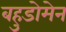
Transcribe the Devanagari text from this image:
बहुडोमेन